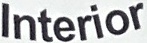
Interior